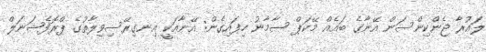
ލައުރާ ޖެންކިންސަން އޭނާގެ ބައެއް މޭކަޕް ސާމާނު ހިފައިގެން: އޭނާއަކީ އިނގިރޭސިވިލާތުގެ ޕްރޮފެޝަނަލް